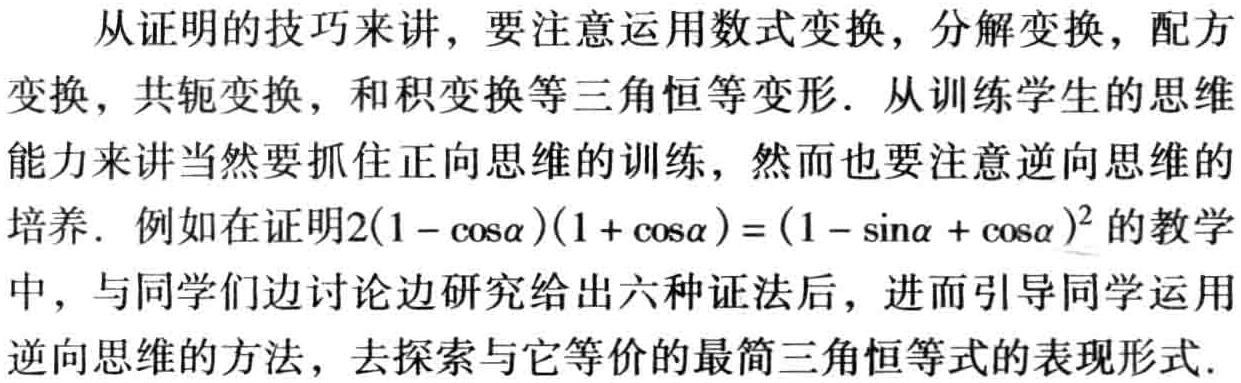
从证明的技巧来讲，要注意运用数式变换，分解变换，配方
变换，共轭变换，和积变换等三角恒等变形. 从训练学生的思维
能力来讲当然要抓住正向思维的训练，然而也要注意逆向思维的
培养. 例如在证明\(2(1 - \cos\alpha)(1 + \cos\alpha) = (1 - \sin\alpha + \cos\alpha)^2\)的教学
中，与同学们边讨论边研究给出六种证法后，进而引导同学运用
逆向思维的方法，去探索与它等价的最简三角恒等式的表现形式.